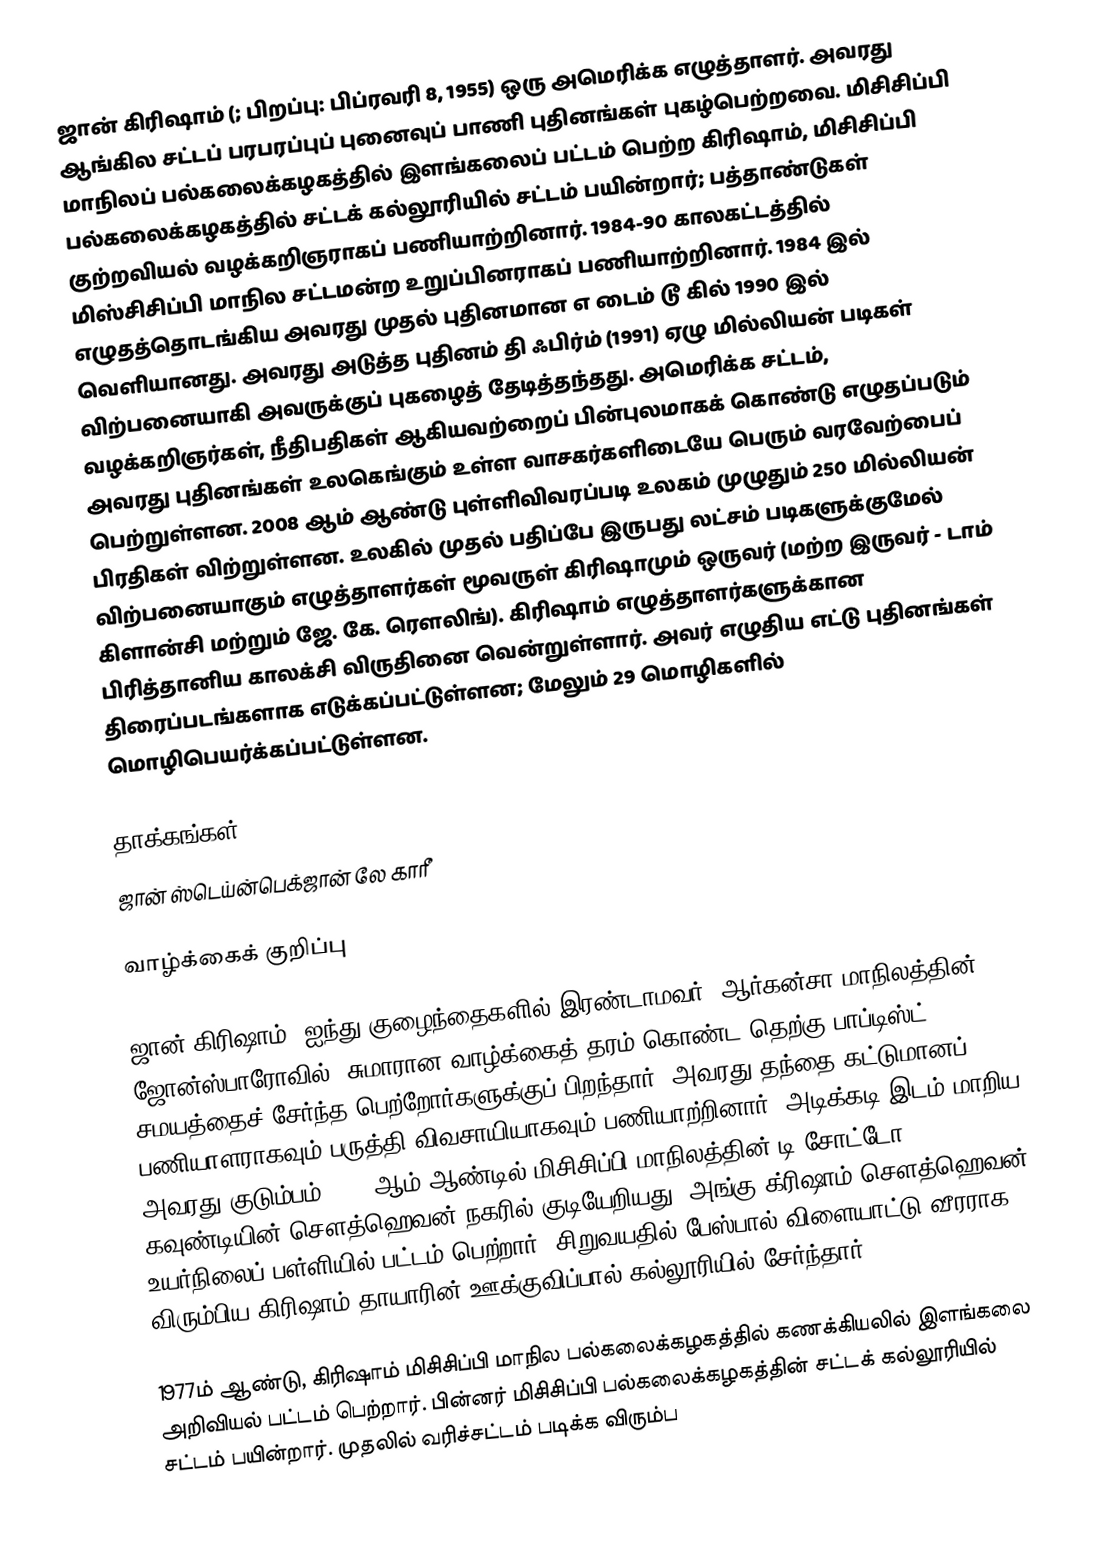
ஜான் கிரிஷாம் (; பிறப்பு: பிப்ரவரி 8, 1955) ஒரு அமெரிக்க எழுத்தாளர். அவரது ஆங்கில சட்டப் பரபரப்புப் புனைவுப் பாணி புதினங்கள் புகழ்பெற்றவை. மிசிசிப்பி மாநிலப் பல்கலைக்கழகத்தில் இளங்கலைப் பட்டம் பெற்ற கிரிஷாம், மிசிசிப்பி பல்கலைக்கழகத்தில் சட்டக் கல்லூரியில் சட்டம் பயின்றார்; பத்தாண்டுகள் குற்றவியல் வழக்கறிஞராகப் பணியாற்றினார். 1984-90 காலகட்டத்தில் மிஸ்சிசிப்பி மாநில சட்டமன்ற உறுப்பினராகப் பணியாற்றினார். 1984 இல் எழுதத்தொடங்கிய அவரது முதல் புதினமான எ டைம் டூ கில் 1990 இல் வெளியானது. அவரது அடுத்த புதினம் தி ஃபிர்ம் (1991) ஏழு மில்லியன் படிகள் விற்பனையாகி அவருக்குப் புகழைத் தேடித்தந்தது. அமெரிக்க சட்டம், வழக்கறிஞர்கள், நீதிபதிகள் ஆகியவற்றைப் பின்புலமாகக் கொண்டு எழுதப்படும் அவரது புதினங்கள் உலகெங்கும் உள்ள வாசகர்களிடையே பெரும் வரவேற்பைப் பெற்றுள்ளன. 2008 ஆம் ஆண்டு புள்ளிவிவரப்படி உலகம் முழுதும் 250 மில்லியன் பிரதிகள் விற்றுள்ளன. உலகில் முதல் பதிப்பே இருபது லட்சம் படிகளுக்குமேல் விற்பனையாகும் எழுத்தாளர்கள் மூவருள் கிரிஷாமும் ஒருவர் (மற்ற இருவர் - டாம் கிளான்சி மற்றும் ஜே. கே. ரௌலிங்). கிரிஷாம் எழுத்தாளர்களுக்கான பிரித்தானிய காலக்சி விருதினை வென்றுள்ளார். அவர் எழுதிய எட்டு புதினங்கள் திரைப்படங்களாக எடுக்கப்பட்டுள்ளன; மேலும் 29 மொழிகளில் மொழிபெயர்க்கப்பட்டுள்ளன.

தாக்கங்கள்
ஜான் ஸ்டெய்ன்பெக்ஜான் லே காரீ

வாழ்க்கைக் குறிப்பு

ஜான் கிரிஷாம், ஐந்து குழைந்தைகளில் இரண்டாமவர், ஆர்கன்சா மாநிலத்தின் ஜோன்ஸ்பாரோவில், சுமாரான வாழ்க்கைத் தரம் கொண்ட தெற்கு பாப்டிஸ்ட் சமயத்தைச் சேர்ந்த பெற்றோர்களுக்குப் பிறந்தார். அவரது தந்தை கட்டுமானப் பணியாளராகவும் பருத்தி விவசாயியாகவும் பணியாற்றினார். அடிக்கடி இடம் மாறிய அவரது குடும்பம் 1967 ஆம் ஆண்டில் மிசிசிப்பி மாநிலத்தின் டி சோட்டோ கவுண்டியின் சௌத்ஹெவன் நகரில் குடியேறியது. அங்கு க்ரிஷாம் சௌத்ஹெவன் உயர்நிலைப் பள்ளியில் பட்டம் பெற்றார். சிறுவயதில் பேஸ்பால் விளையாட்டு வீரராக விரும்பிய கிரிஷாம் தாயாரின் ஊக்குவிப்பால் கல்லூரியில் சேர்ந்தார்.

1977ம் ஆண்டு, கிரிஷாம் மிசிசிப்பி மாநில பல்கலைக்கழகத்தில் கணக்கியலில் இளங்கலை அறிவியல் பட்டம் பெற்றார். பின்னர் மிசிசிப்பி பல்கலைக்கழகத்தின் சட்டக் கல்லூரியில் சட்டம் பயின்றார். முதலில் வரிச்சட்டம் படிக்க விரும்ப